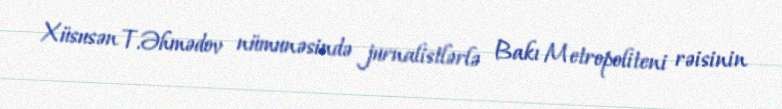
Xüsusən T.Əhmədov nümunəsində jurnalistlərlə Bakı Metropoliteni rəisinin